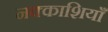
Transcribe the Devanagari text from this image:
नक्काशियाँ